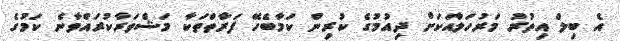
އެ ބިލް އިތުރު މަރުހަލާއަކަށް ދިއުމުގެ ކުރިން ކަމާބެހޭ ފަރާތްތަކާ މަޝްވަރާކުރައްވާނެ ކަމުގެ